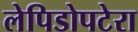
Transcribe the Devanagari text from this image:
लेपिडोपटेरा